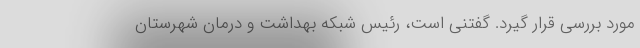
مورد بررسی قرار گیرد. گفتنی است، رئیس شبکه بهداشت و درمان شهرستان